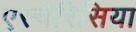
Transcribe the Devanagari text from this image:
एस्चेरिसिया